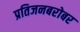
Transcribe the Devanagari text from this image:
प्रतिजनबरोबर